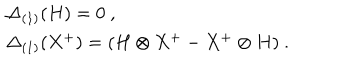
\begin{array} { r c l } { { } } & { { } } & { { \Delta _ { ( 1 ) } ( H ) = 0 ~ , } } \\ { { } } & { { } } & { { \Delta _ { ( 1 ) } ( X ^ { + } ) = ( H \otimes X ^ { + } - X ^ { + } \otimes H ) ~ . } } \\ \end{array}